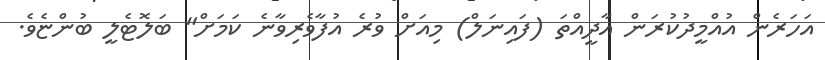
އަހަރެން އުއްމީދުކުރަން އާދީއްތަ (ފައިނަލް) މިއަށް ވުރެ އުފާވެރިވާނެ ކަމަށް" ބަލޮޓެލީ ބުންޏެވެ.